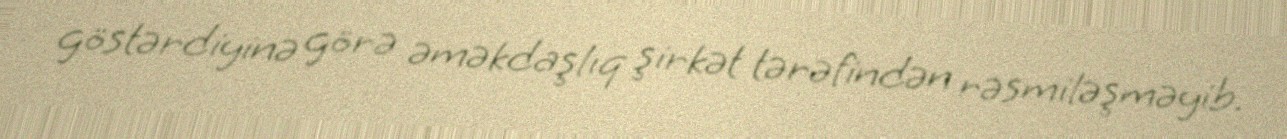
göstərdiyinə görə əməkdaşlıq şirkət tərəfindən rəsmiləşməyib.